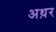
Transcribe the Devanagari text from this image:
अथ़र